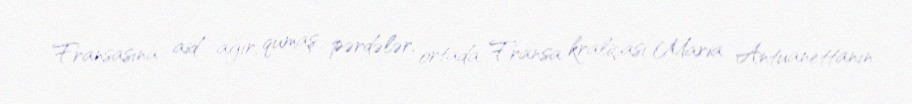
Fransasına aid ağır, qumaş pərdələr, ortada Fransa kraliçası Maria Antuanettanın